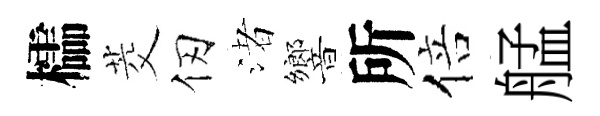
櫺茭仞渚響所倍艋